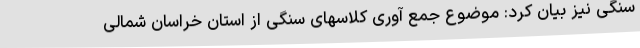
سنگی نیز بیان کرد: موضوع جمع آوری کلاسهای سنگی از استان خراسان شمالی